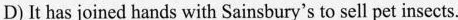
D)It has joined hands with Sainsbury's to sell pet insects.